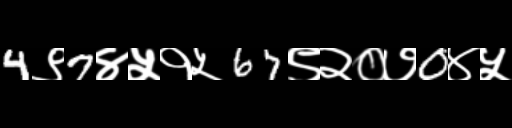
Text: 4९7४५१५67९२०७0४५